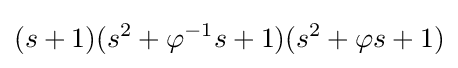
(s+1)(s^{2}+\varphi ^{-1}s+1)(s^{2}+\varphi s+1)